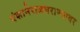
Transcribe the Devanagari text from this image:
वंशानेराजघराण्यावर